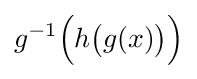
g^{-1}{\Big (}h{\bigl (}g(x){\bigr )}{\Big )}